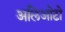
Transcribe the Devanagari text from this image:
अलिओटो